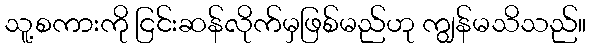
သူ့စကားကို ငြင်းဆန်လိုက်မှဖြစ်မည်ဟု ကျွန်မသိသည်။